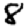
Digit: 8